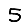
Digit: 5